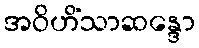
အဝိဟိံသာဆန္ဒော